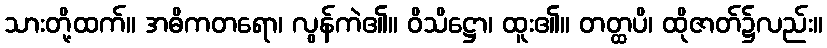
သားတို့ထက်။ အဓိကတရော၊ လွန်ကဲ၏။ ဝိသိဋ္ဌော၊ ထူး၏။ တတ္ထပိ၊ ထိုဇာတ်၌လည်း။